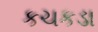
કચકડા